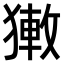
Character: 𤡄